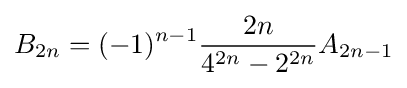
B_{2n}=(-1)^{n-1}{\frac {2n}{4^{2n}-2^{2n}}}A_{2n-1}